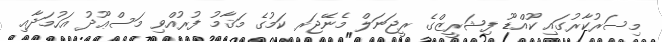
މިސަރުކާރުގައި ކޫއްޑޫ ފިޝަރީޒްގެ ރީޖަނަލް މެނޭޖަރ ކަމުގެ މަޤާމު ފުރުއްވި މަސްޢޫދު އަހުމަދާއި